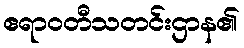
ဧရာဝတီသတင်းဌာန၏